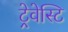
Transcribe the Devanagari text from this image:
ट्रेवेस्टि